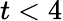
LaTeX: t<4